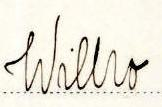
Wilho